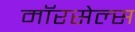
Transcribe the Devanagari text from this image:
मॉरसेल्स